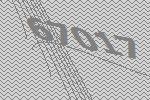
67017